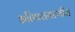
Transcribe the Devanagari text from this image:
अतिपरासरणीय